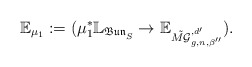
\begin{align*}\mathbb{E}_{\mu_1}:=(\mu_1^*\mathbb{L}_{\mathfrak{Bun}^{}_S}\rightarrow \mathbb{E}_{\tilde{M\mathcal{G}}^{,d'}_{g,n,{\beta''}}}).\end{align*}